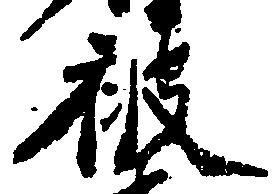
被